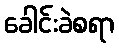
ခေါင်းခဲစရာ